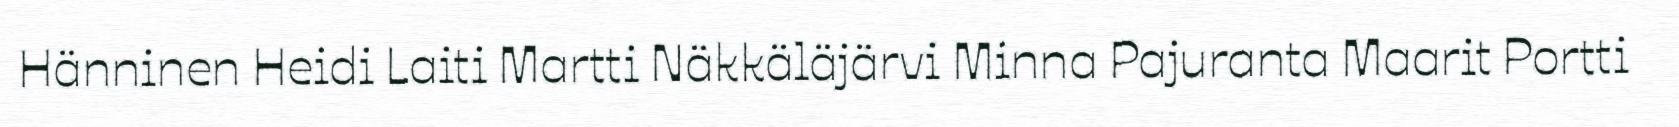
Hänninen Heidi Laiti Martti Näkkäläjärvi Minna Pajuranta Maarit Portti